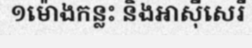
១ម៉ោងកន្លះ និងអាស៊ីសេរី